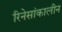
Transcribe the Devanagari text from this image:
रिनेसांकालीन